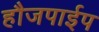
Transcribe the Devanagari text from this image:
हौजपाईप